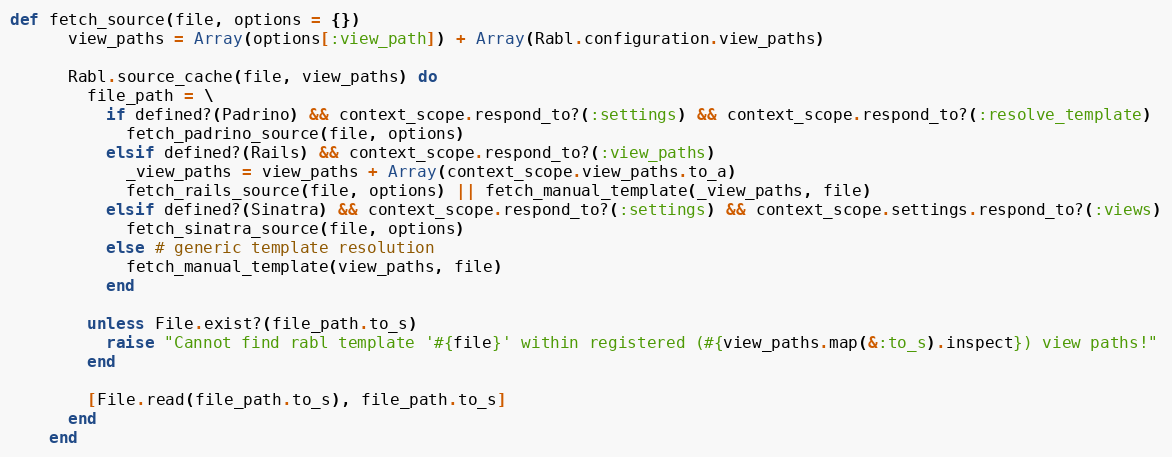
Language: Ruby
def fetch_source(file, options = {})
      view_paths = Array(options[:view_path]) + Array(Rabl.configuration.view_paths)

      Rabl.source_cache(file, view_paths) do
        file_path = \
          if defined?(Padrino) && context_scope.respond_to?(:settings) && context_scope.respond_to?(:resolve_template)
            fetch_padrino_source(file, options)
          elsif defined?(Rails) && context_scope.respond_to?(:view_paths)
            _view_paths = view_paths + Array(context_scope.view_paths.to_a)
            fetch_rails_source(file, options) || fetch_manual_template(_view_paths, file)
          elsif defined?(Sinatra) && context_scope.respond_to?(:settings) && context_scope.settings.respond_to?(:views)
            fetch_sinatra_source(file, options)
          else # generic template resolution
            fetch_manual_template(view_paths, file)
          end

        unless File.exist?(file_path.to_s)
          raise "Cannot find rabl template '#{file}' within registered (#{view_paths.map(&:to_s).inspect}) view paths!"
        end

        [File.read(file_path.to_s), file_path.to_s]
      end
    end